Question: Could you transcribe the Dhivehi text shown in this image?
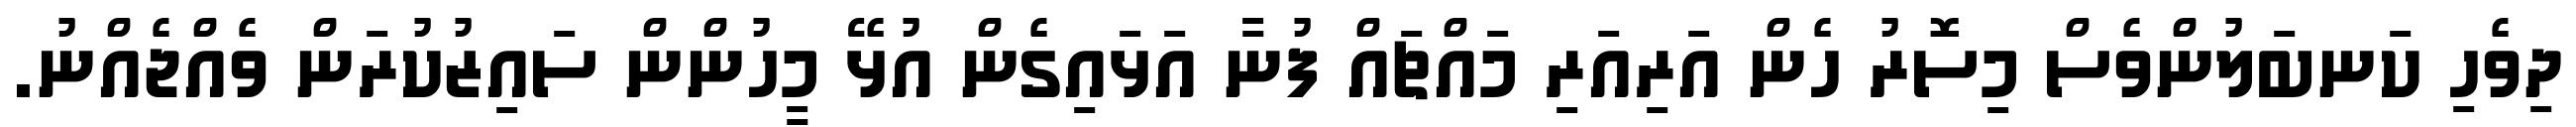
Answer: ދިވެހި ކަނބަލުންވެސް މިސޮރު ހެން އަރިއަރި މައްޗައް ފުނާ އަޅައިގެން އުޅޭ މީހުންން ސައިޒުކުރަން ވެއްޖެއްނު.